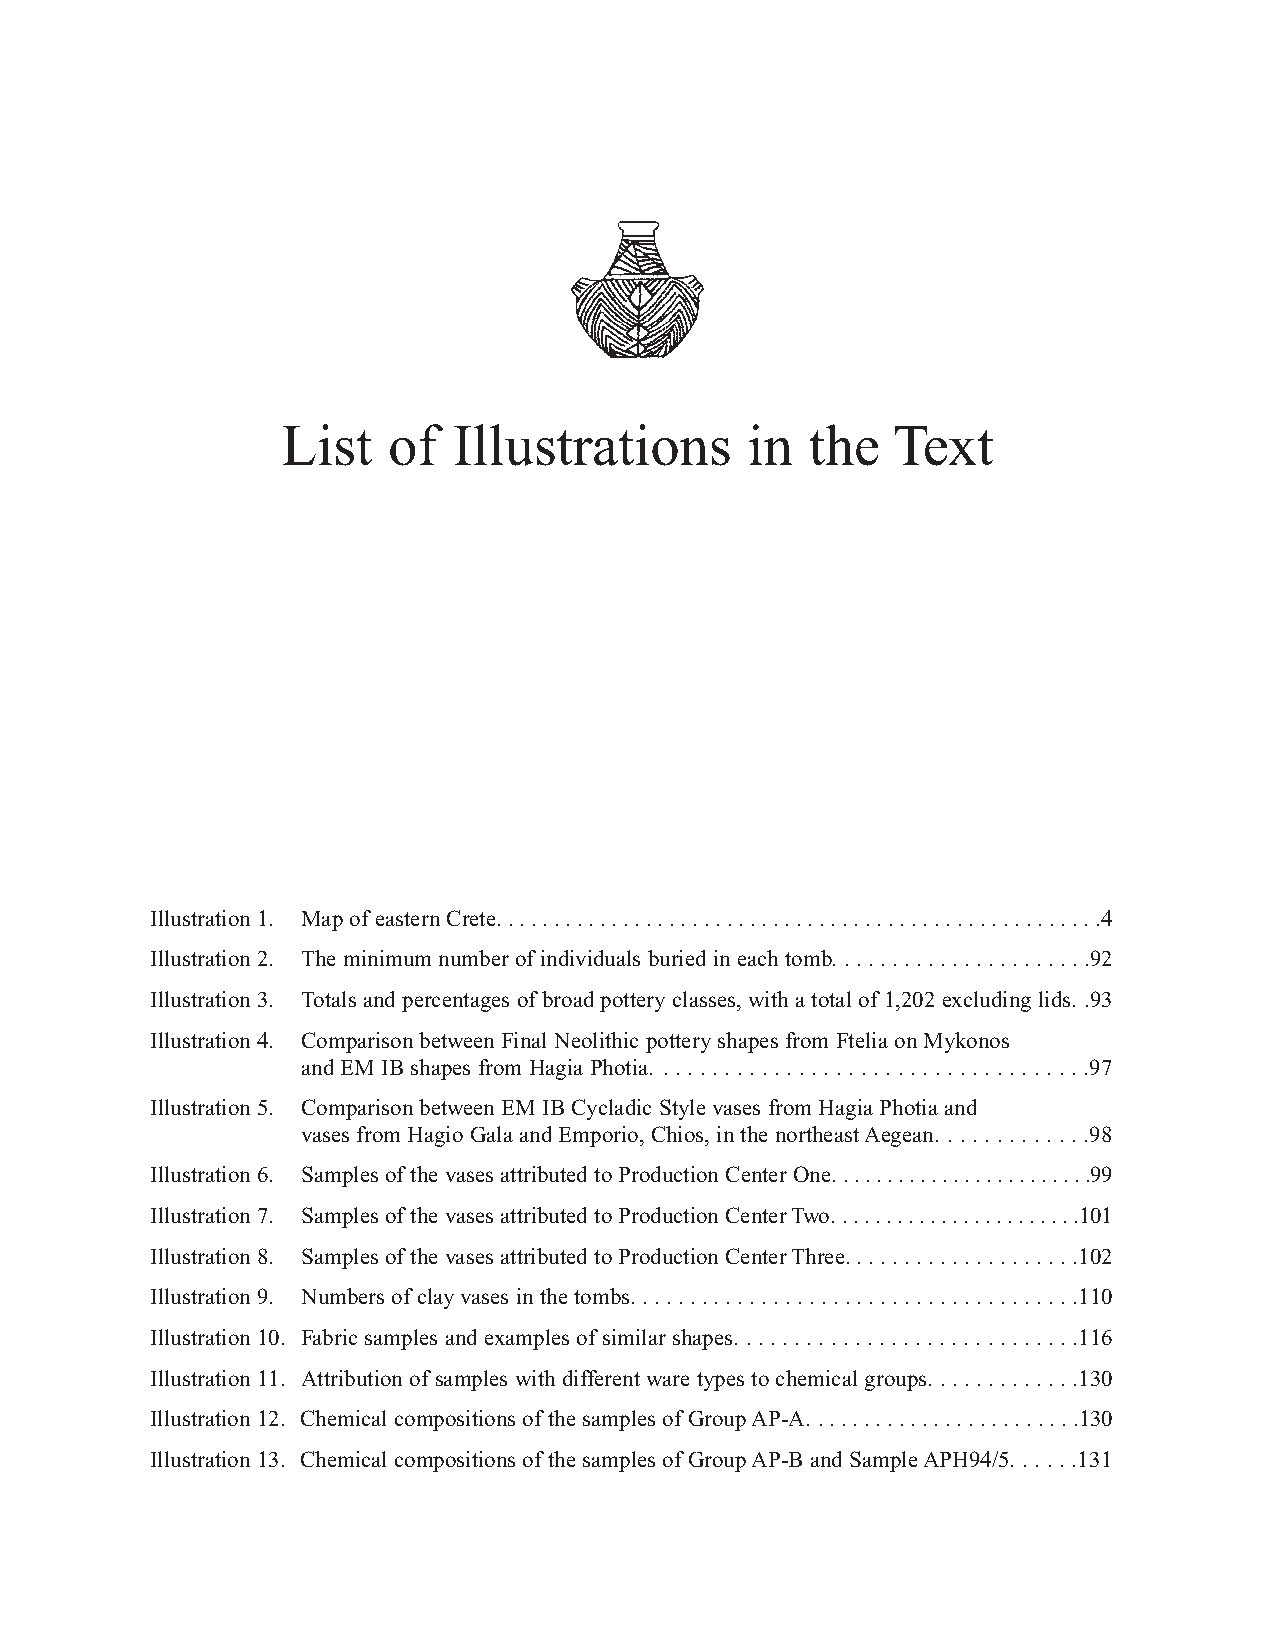
List   of  Illustrations      in   the  Text
 Illustration 1. Map of eastern Crete. . . . . . . . . . . . . . . . . . . . . . . . . . . . . . . . . . . . . . . . . . . . . . . . . . . . .4
 Illustration 2. The minimum number of individuals buried in each tomb. . . . . . . . . . . . . . . . . . . . . .92
 Illustration 3. Totals and percentages of broad pottery classes, with a total of 1,202 excluding lids. .93
 Illustration 4. Comparison between Final Neolithic pottery shapes from Ftelia on Mykonos
 and EM IB shapes from Hagia Photia. . . . . . . . . . . . . . . . . . . . . . . . . . . . . . . . . . . .97
 Illustration 5. Comparison between EM IB Cycladic Style vases from Hagia Photia and
 vases from Hagio Gala and Emporio, Chios, in the northeast Aegean. . . . . . . . . . . . .98
 Illustration 6. Samples of the vases attributed to Production Center One. . . . . . . . . . . . . . . . . . . . . . . .99
 Illustration 7. Samples of the vases attributed to Production Center Two. . . . . . . . . . . . . . . . . . . . . . .101
 Illustration 8. Samples of the vases attributed to Production Center Three. . . . . . . . . . . . . . . . . . . .102
 Illustration 9. Numbers of clay vases in the tombs. . . . . . . . . . . . . . . . . . . . . . . . . . . . . . . . . . . . . .110
 Illustration 10. Fabric samples and examples of similar shapes. . . . . . . . . . . . . . . . . . . . . . . . . . . . .116
 Illustration 11. Attribution of samples with different ware types to chemical groups. . . . . . . . . . . . .130
 Illustration 12. Chemical compositions of the samples of Group AP-A. . . . . . . . . . . . . . . . . . . . . . . .130
 Illustration 13. Chemical compositions of the samples of Group AP-B and Sample APH94/5. . . . . .131